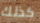
كذلك